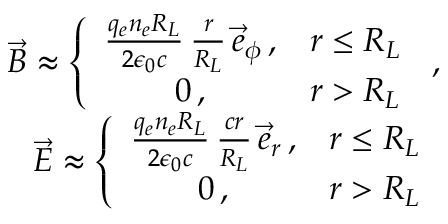
\begin{array} { r l r } & { } & { \vec { B } \approx \left\{ \begin{array} { c c } { \frac { q _ { e } n _ { e } R _ { L } } { 2 \epsilon _ { 0 } c } \, \frac { r } { R _ { L } } \, \vec { e } _ { \phi } \, , } & { r \le R _ { L } } \\ { 0 \, , } & { r > R _ { L } } \end{array} \right. \, , } \\ & { } & { \vec { E } \approx \left\{ \begin{array} { c c } { \frac { q _ { e } n _ { e } R _ { L } } { 2 \epsilon _ { 0 } c } \, \frac { c r } { R _ { L } } \, \vec { e } _ { r } \, , } & { r \le R _ { L } } \\ { 0 \, , } & { r > R _ { L } } \end{array} \right. } \end{array}